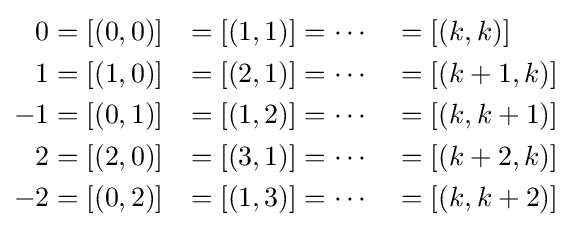
{\begin{aligned}0&=[(0,0)]&=[(1,1)]&=\cdots &&=[(k,k)]\\1&=[(1,0)]&=[(2,1)]&=\cdots &&=[(k+1,k)]\\-1&=[(0,1)]&=[(1,2)]&=\cdots &&=[(k,k+1)]\\2&=[(2,0)]&=[(3,1)]&=\cdots &&=[(k+2,k)]\\-2&=[(0,2)]&=[(1,3)]&=\cdots &&=[(k,k+2)]\end{aligned}}